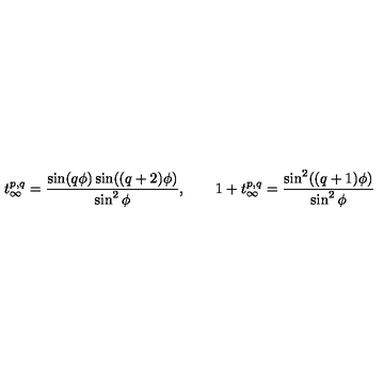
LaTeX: t _ { \infty } ^ { p , q } = \frac { \sin ( q \phi ) \sin ( ( q + 2 ) \phi ) } { \sin ^ { 2 } \phi } , \qquad 1 + t _ { \infty } ^ { p , q } = \frac { \sin ^ { 2 } ( ( q + 1 ) \phi ) } { \sin ^ { 2 } \phi }